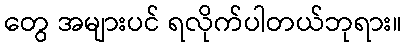
တွေ အများပင် ရလိုက်ပါတယ်ဘုရား။